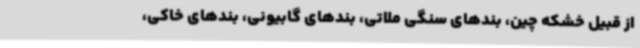
از قبیل خشکه چین، بندهای سنگی ملاتی، بندهای گابیونی، بندهای خاکی،